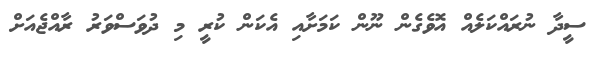
ސީދާ ނުރައްކަލެއް އޮވެގެން ނޫން ކަމަށާއި އެކަން ކުރީ މި ދުވަސްވަރު ރާއްޖެއަށް